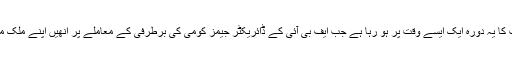
خیال رہے کہ صدر ٹرمپ کا یہ دورہ ایک ایسے وقت پر ہو رہا ہے جب ایف بی آئی کے ڈائریکٹر جیمز کومی کی برطرفی کے معاملے پر انھیں اپنے ملک میں شدید تنقید کا سامنا ہے۔